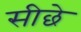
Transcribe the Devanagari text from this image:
सीछे